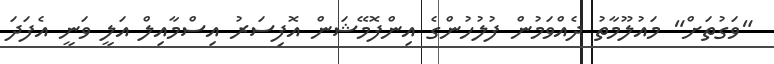
"ވަގުތަށް" މައުލޫމާތު ދެއްވަމުން ފުލުހުންގެ އިންފޮމޭޝަން އޮފިސަރު އިސްމާއިލް އަލީ ވަނީ އެފަދަ